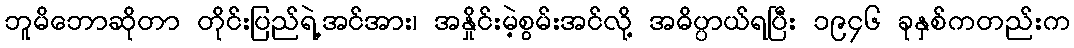
ဘူမိဘောဆိုတာ တိုင်းပြည်ရဲ့အင်အား၊ အနှိုင်းမဲ့စွမ်းအင်လို့ အဓိပ္ပာယ်ရပြီး ၁၉၄၆ ခုနှစ်ကတည်းက